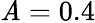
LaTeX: \mathit{A}=0.4